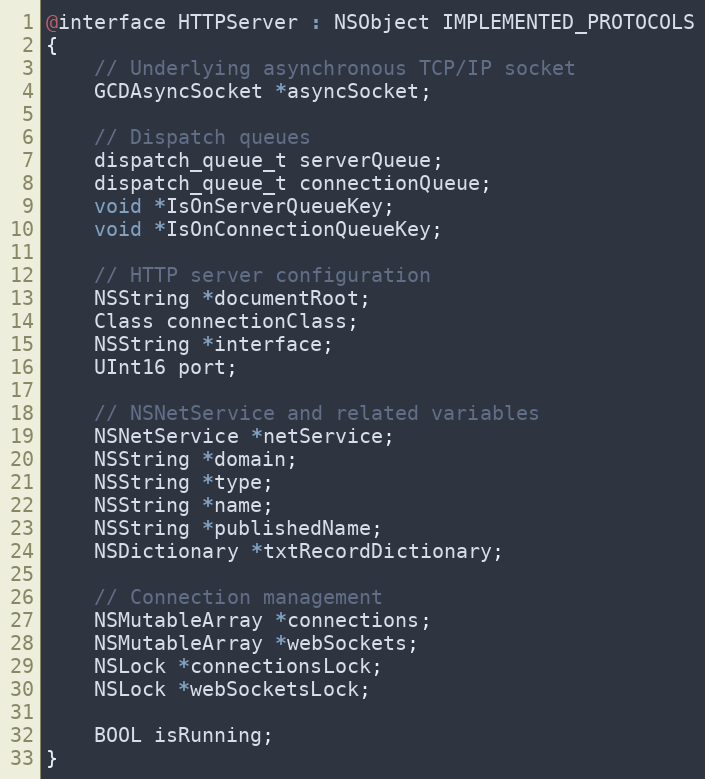
Language: C
@interface HTTPServer : NSObject IMPLEMENTED_PROTOCOLS
{
    // Underlying asynchronous TCP/IP socket
    GCDAsyncSocket *asyncSocket;

    // Dispatch queues
    dispatch_queue_t serverQueue;
    dispatch_queue_t connectionQueue;
    void *IsOnServerQueueKey;
    void *IsOnConnectionQueueKey;

    // HTTP server configuration
    NSString *documentRoot;
    Class connectionClass;
    NSString *interface;
    UInt16 port;

    // NSNetService and related variables
    NSNetService *netService;
    NSString *domain;
    NSString *type;
    NSString *name;
    NSString *publishedName;
    NSDictionary *txtRecordDictionary;

    // Connection management
    NSMutableArray *connections;
    NSMutableArray *webSockets;
    NSLock *connectionsLock;
    NSLock *webSocketsLock;

    BOOL isRunning;
}